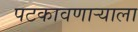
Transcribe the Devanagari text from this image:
पटकावणाऱ्याला